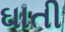
ઘાતી